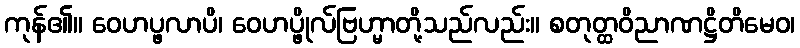
ကုန်၏။ ဝေဟပ္ဖလာပိ၊ ဝေဟပ္ဖိုလ်ဗြဟ္မာတို့သည်လည်း။ စတုတ္ထဝိညာဏဋ္ဌိတိမေဝ၊